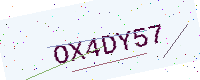
Text: OX4DY57